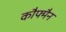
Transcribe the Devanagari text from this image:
कौफ्मैन